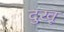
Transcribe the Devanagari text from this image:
दुखू